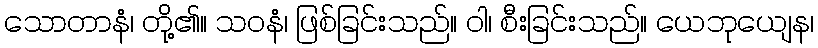
သောတာနံ၊ တို့၏။ သဝနံ၊ ဖြစ်ခြင်းသည်။ ဝါ၊ စီးခြင်းသည်။ ယေဘုယျေန၊